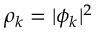
\rho _ { k } = | \phi _ { k } | ^ { 2 }